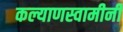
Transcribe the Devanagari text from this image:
कल्याणस्वामीनी